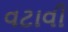
વટાવી